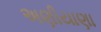
અણીયાણા